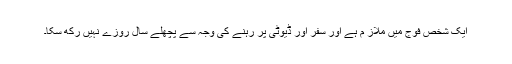
ایک شخص فوج میں ملاز م ہے اور سفر اور ڈیوٹی پر رہنے کی وجہ سے پچھلے سال روزے نہیں رکھ سکا۔